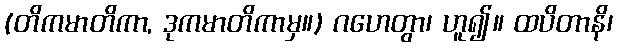
(တိကမာတိကာ, ဒုကမာတိကာမှ။) ဂဟေတွာ၊ ဟူ၍။ ထပိတာနိ၊